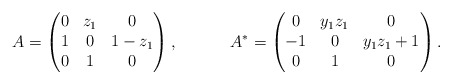
\begin{align*} A &= \begin{pmatrix} 0 & z_1 & 0 \\ 1 & 0 & 1-z_1 \\ 0 & 1 & 0 \end{pmatrix},& A^* &= \begin{pmatrix} 0 & y_1 z_1 & 0 \\ -1 & 0 & y_1 z_1 + 1 \\ 0 & 1 & 0 \end{pmatrix}.\end{align*}